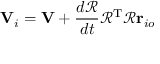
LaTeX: \mathbf { V } _ { i } = \mathbf { V } + { \frac { d { \mathcal { R } } } { d t } } { \mathcal { R } } ^ { \mathrm { T } } { \mathcal { R } } \mathbf { r } _ { i o }